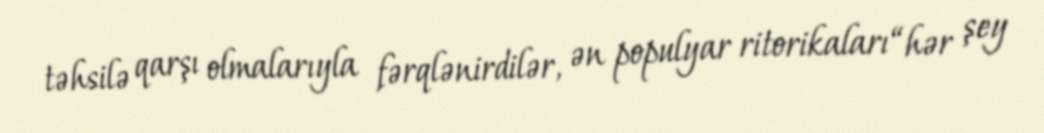
təhsilə qarşı olmalarıyla fərqlənirdilər, ən populyar ritorikaları “hər şey